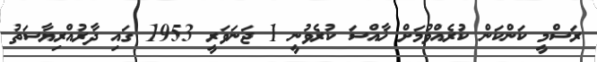
ރަސްމީ ކަންކަން ކުރެއްވުމަށް ޚާއްސަ ކުރެވުނީ 1 ޖަނަވަރީ 1953 ގައި ދާރުއްރިޔާސަތު